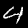
Label: 4